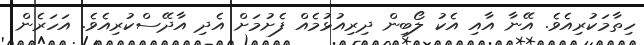
ހިތާމަކުރިއެވެ. އޭނާ އާއި އެކު ލޯބިން ދިރިއުޅުމެއް ފެށުމަށް އެދި އާދޭސްކުރިއެވެ. އަހަރެން